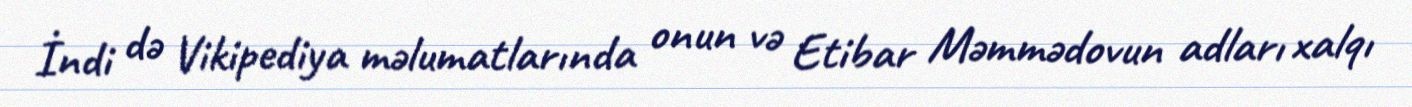
İndi də Vikipediya məlumatlarında onun və Etibar Məmmədovun adları xalqı